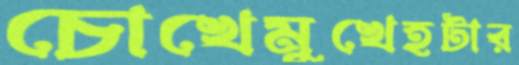
চোখেমুখেহটার